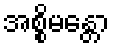
အစ္စိမန္တော